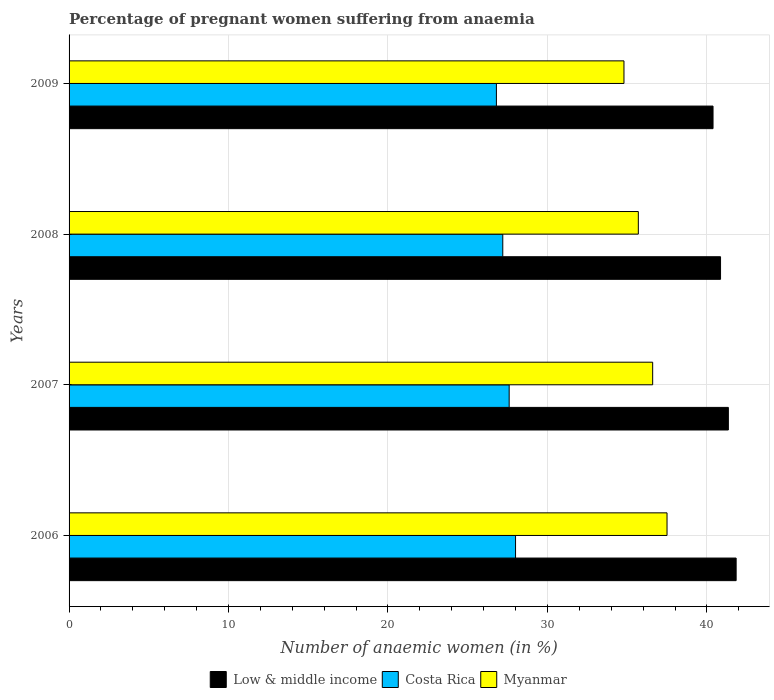
| Years | Low & middle income | Costa Rica | Myanmar |
 | --- | --- | --- | --- |
 | 2006 | 41.8 | 28 | 37.5 |
 | 2007 | 41.3 | 27.6 | 36.6 |
 | 2008 | 40.9 | 27.2 | 35.7 |
 | 2009 | 40.4 | 26.8 | 34.8 |